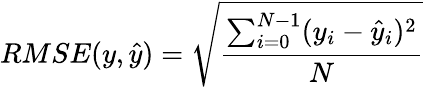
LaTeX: {RMSE}(y,\hat{y})=\sqrt{\frac{\sum_{i=0}^{N-1}(y_{i}-\hat{y}_{i})^{2}}{N}}